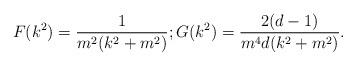
LaTeX: \begin{align*}F(k^2)=\frac{1}{m^2(k^2+m^2)};G(k^2)=\frac{2(d-1)}{m^4d(k^2+m^2)}.\end{align*}